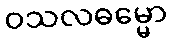
ဝသလဓမ္မော